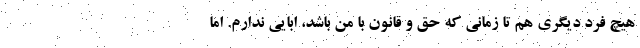
هیچ فرد دیگری هم تا زمانی که حق و قانون با من باشد، ابایی ندارم. اما